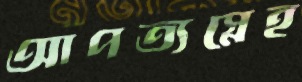
আপত্যস্নেহ